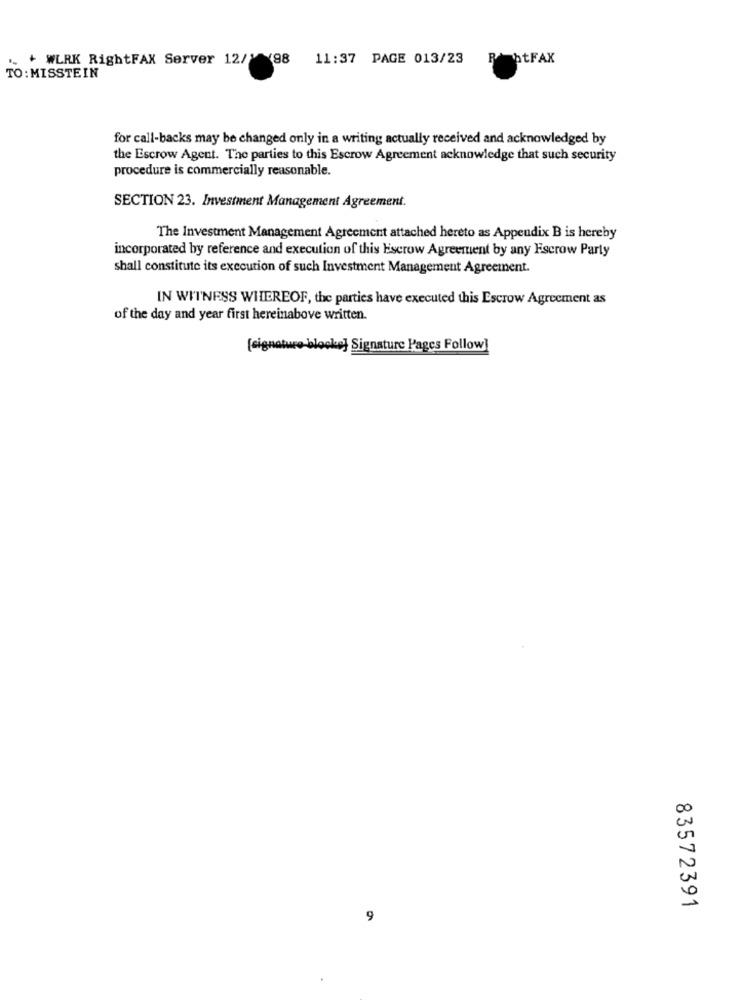
+ WLRK RightFAX Server 12/1 98 11:37 PAGE 013/23
R htFAX
TO: MISSTEIN
for call-backs may be changed only in a writing actually received and acknowledged by
the Escrow Agent. The parties to this Escrow Agreement acknowledge that such security
procedure is commercially reasonable.
SECTION 23. Investment Management Agreement.
The Investment Management Agreement attached hereto as Appendix B is hereby
incorporated by reference and execution of this Escrow Agreement by any Escrow Party
shall constitute its execution of such Investment Management Agreement.
IN WITNESS WHEREOF, the parties have executed this Escrow Agreement as
of the day and year first hereinabove written.
[signature-blocke] Signature Pages Follow]
00
n
83572391
9